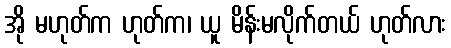
အို မဟုတ်က ဟုတ်က၊ ယူ မိန်းမလိုက်တယ် ဟုတ်လား